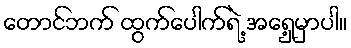
တောင်ဘက် ထွက်ပေါက်ရဲ့ အရှေ့မှာပါ။